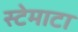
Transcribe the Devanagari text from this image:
स्टेमाटा